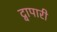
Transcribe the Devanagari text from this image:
द्वापारी